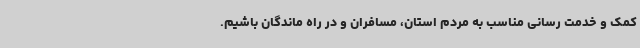
کمک و خدمت رسانی مناسب به مردم استان، مسافران و در راه ماندگان باشیم.